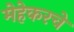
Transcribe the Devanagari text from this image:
मेहेकरचे